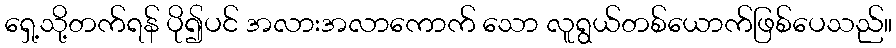
ရှေ့သို့တက်ရန် ပို၍ပင် အလားအလာကောက် သော လူရွယ်တစ်ယောက်ဖြစ်ပေသည်။